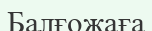
Балғожаға